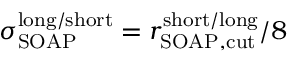
\sigma _ { \mathrm { S O A P } } ^ { \mathrm { l o n g / s h o r t } } = { r _ { \mathrm { S O A P , c u t } } ^ { \mathrm { s h o r t / l o n g } } } / 8